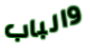
والباب